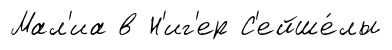
Мал'иа в Н'иг'ер С'ейше́лы